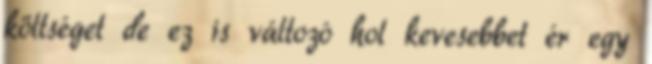
költséget de ez is változó hol kevesebbet ér egy